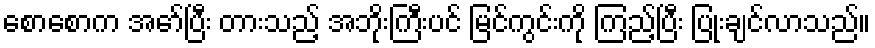
စောစောက အော်ပြီး တားသည့် အဘိုးကြီးပင် မြင်ကွင်းကို ကြည့်ပြီး ပြုံးချင်လာသည်။